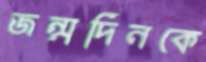
জন্মদিনকে